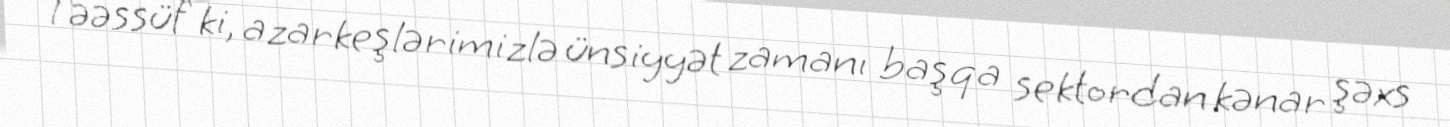
Təəssüf ki, azarkeşlərimizlə ünsiyyət zamanı başqa sektordan kənar şəxs